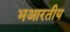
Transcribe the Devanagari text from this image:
भआरतीय